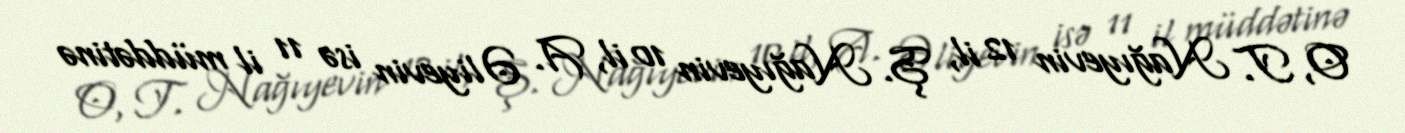
O, T. Nağıyevin 12 il, Ş. Nağıyevin 10 il, A. Əliyevin isə 11 il müddətinə